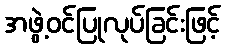
အဖွဲ့ဝင်ပြုလုပ်ခြင်းဖြင့်